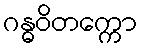
ဂန္ဓဝိတက္ကော